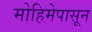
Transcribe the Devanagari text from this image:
मोहिमेपासून